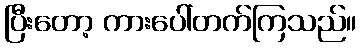
ပြီးတော့ ကားပေါ်တက်ကြသည်။